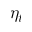
\eta _ { t }